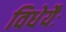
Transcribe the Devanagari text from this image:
विधेयैः